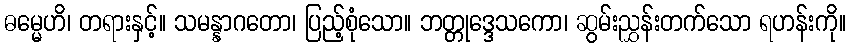
ဓမ္မေဟိ၊ တရားနှင့်။ သမန္နာဂတော၊ ပြည့်စုံသော။ ဘတ္တုဒ္ဒေသကော၊ ဆွမ်းညွှန်းတက်သော ရဟန်းကို။